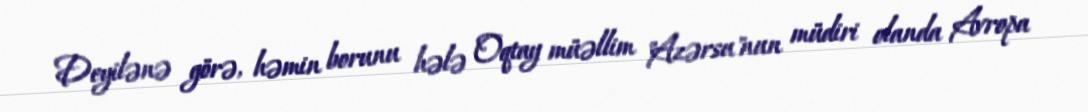
Deyilənə görə, həmin borunu hələ Oqtay müəllim "Azərsu"nun müdiri olanda Avropa